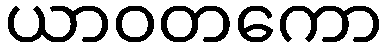
ယာဝတကော